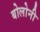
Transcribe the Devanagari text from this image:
बोलोनी